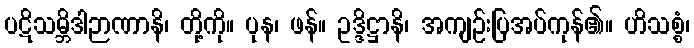
ပဋိသမ္ဘိဒါဉာဏာနိ၊ တို့ကို။ ပုန၊ ဖန်။ ဥဒ္ဒိဋ္ဌာနိ၊ အကျဉ်းပြအပ်ကုန်၏။ ဟိသစ္စံ၊